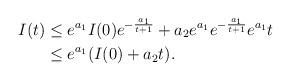
LaTeX: \begin{align*}I(t)&\le e^{a_1}I(0)e^{-\frac{a_1}{t+1}}+a_2e^{a_1} e^{-\frac{a_1}{t+1}}e^{a_1}t\\ &\le e^{a_1}(I(0)+a_2t).\end{align*}